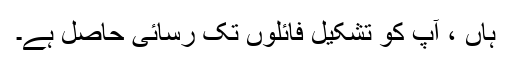
ہاں ، آپ کو تشکیل فائلوں تک رسائی حاصل ہے۔